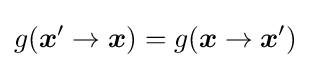
g({\boldsymbol {x}}'\rightarrow {\boldsymbol {x}})=g({\boldsymbol {x}}\rightarrow {\boldsymbol {x}}')